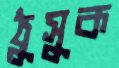
ঠুসুক